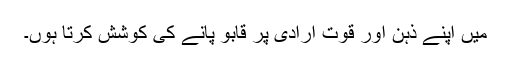
میں اپنے ذہن اور قوتِ ارادی پر قابو پانے کی کوشش کرتا ہوں۔